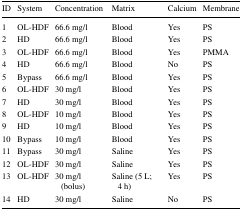
| ID | System | Concentration | Matrix | Calcium | Membrane |
 | --- | --- | --- | --- | --- | --- |
 | 1 | OL-HDF | 66.6 mg/l | Blood | Yes | PS |
 | 2 | HD | 66.6 mg/l | Blood | Yes | PS |
 | 3 | OL-HDF | 66.6 mg/l | Blood | Yes | PMMA |
 | 4 | HD | 66.6 mg/l | Blood | No | PS |
 | 5 | Bypass | 66.6 mg/l | Blood | Yes | PS |
 | 6 | OL-HDF | 30 mg/l | Blood | Yes | PS |
 | 7 | HD | 30 mg/l | Blood | Yes | PS |
 | 8 | OL-HDF | 10 mg/l | Blood | Yes | PS |
 | 9 | HD | 10 mg/l | Blood | Yes | PS |
 | 10 | Bypass | 10 mg/l | Blood | Yes | PS |
 | 11 | Bypass | 30 mg/l | Saline | Yes | PS |
 | 12 | OL-HDF | 30 mg/l | Saline | Yes | PS |
 | 13 | OL-HDF | 30 mg/l (bolus) | Saline (5 L; 4 h) | Yes | PS |
 | 14 | HD | 30 mg/l | Saline | No | PS |